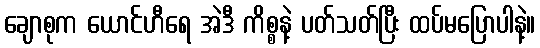
ချောစုက ယောင်ဟီရေ အဲဒီ ကိစ္စနဲ့ ပတ်သတ်ပြီး ထပ်မပြောပါနဲ့။